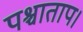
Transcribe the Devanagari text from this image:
पश्चाताप।